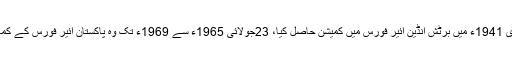
انہوں نے جنوری 1941ء میں برٹش انڈین ائیر فورس میں کمیشن حاصل کیا، 23جولائی 1965ء سے 1969ء تک وہ پاکستان ائیر فورس کے کمانڈرانچیف رہے۔